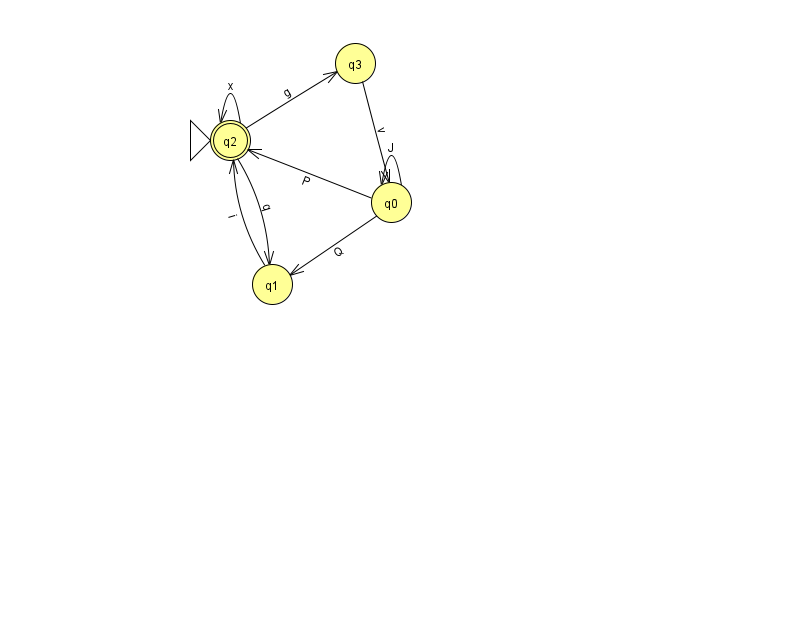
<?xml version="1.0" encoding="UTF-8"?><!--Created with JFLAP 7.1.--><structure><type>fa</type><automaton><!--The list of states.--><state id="0" name="q0"><x>391.0</x><y>189.0</y></state><state id="1" name="q1"><x>272.0</x><y>271.0</y></state><state id="2" name="q2"><x>230.0</x><y>127.0</y><initial/><final/></state><state id="3" name="q3"><x>355.0</x><y>50.0</y></state><!--The list of transitions.--><transition><from>2</from><to>1</to><read>q</read></transition><transition><from>2</from><to>3</to><read>g</read></transition><transition><from>2</from><to>2</to><read>x</read></transition><transition><from>0</from><to>0</to><read>J</read></transition><transition><from>0</from><to>2</to><read>P</read></transition><transition><from>1</from><to>2</to><read>i</read></transition><transition><from>3</from><to>0</to><read>v</read></transition><transition><from>0</from><to>1</to><read>Q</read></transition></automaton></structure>